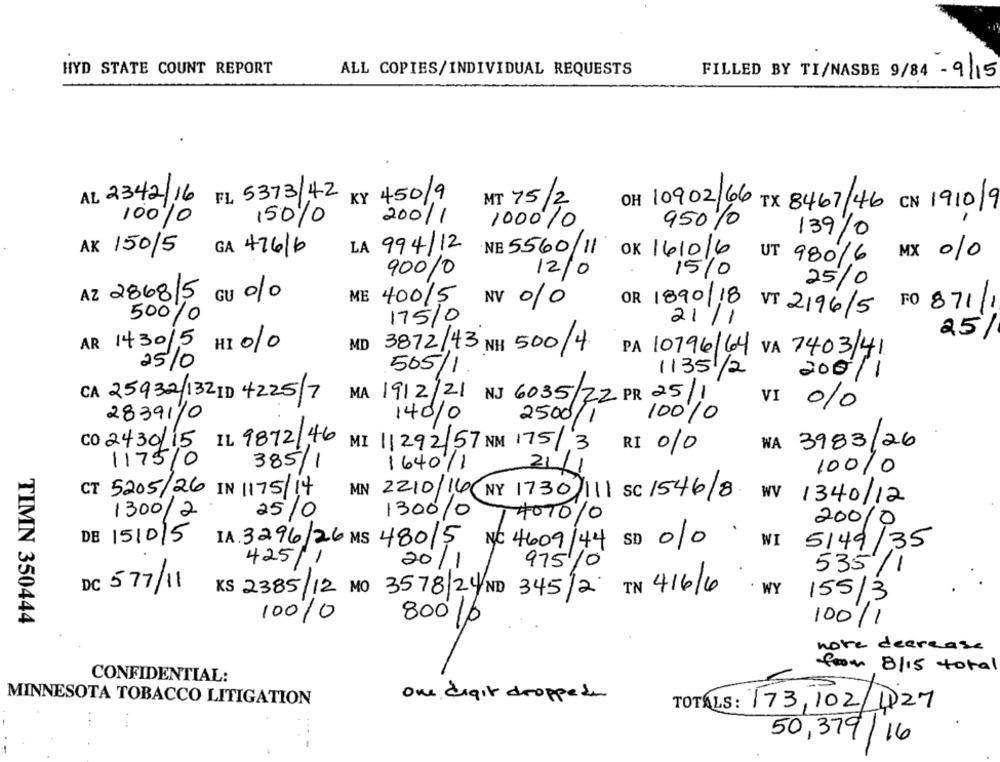
HYD STATE COUNT REPORT
ALL COPIES/INDIVIDUAL REQUESTS
FILLED BY TI/NASBE 9/84 - 9/15
FL 5373/42
KY 450/9
MT 75
AL 2342/16
OH 10902/66
TX 8467/46 CN 1910/9
12
100%
150/
200/1
100010
950%
139/0
AK 150/5
GA 47616
LA 994/12
NE 5560/11
OK 1610/6
MX 10
UT 980/6
900/0
12/0
15%
25/0
GU %
AZ 286815
ME 40015
NV 010
OR 1890/18
FO 871/1
VT 2196/5
500%
175/0
21/1
25/
AR 1430/5
HI /0
MD 3872/43 NH 500/4
PA 10796/64 VA 7403/41
25/0
505/1
1135 1/2
200/1
CA 25932/132 ID 4225/7
MA 1912/21 NJ 6035/22 PR 25/1
VI 010
28391/0
140/0
2500/1
100%0
CO 2430/15 IL 9872/46
MI 11292/57 NM 175/3
RI 010
WA 3983/26
1175/0
385/1
1640/1
21/1
10010
CT 5205/26 IN 1175/14
MN 2210/16( NY 1730 111 SC 1546/8
WV
1340/12
1300/2
25/0
130010
1407010
20010
DE 1510/5
5149/35
I.A. 3296/26 MS 48015 NC 4609/44 SD 010
WI
425/1
20/1
975/0
535/1
DC 577/11
KS 2385/12 MO 3578 24 ND 345/2 IN 416/6
. WY
155/3
10010
TIMN 350444
80010
100/1
note decrease
from 8/15 total
CONFIDENTIAL:
MINNESOTA TOBACCO LITIGATION
one digit droppede
TOTALS: 173,102/127
50,379/16